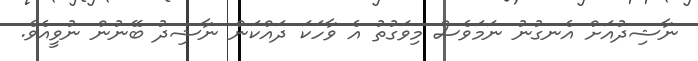
ނާޝިދުއަށް އެނގުނު ނަމަވެސް މިވަގުތު އެ ވާހަކަ ދައްކަން ނާޝިދު ބޭނުން ނުވީއެވެ.